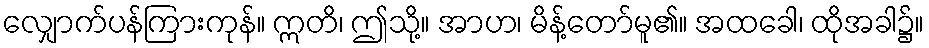
လျှောက်ပန်ကြားကုန်။ ဣတိ၊ ဤသို့။ အာဟ၊ မိန့်တော်မူ၏။ အထခေါ၊ ထိုအခါ၌။